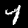
Digit: 4